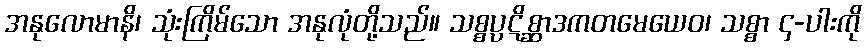
အနုလောမာနိ၊ သုံးကြိမ်သော အနုလုံတို့သည်။ သစ္စပ္ပဋိစ္ဆာဒကတမေယေဝ၊ သစ္စာ ၄-ပါးကို